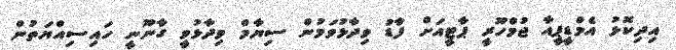
އިދިކޮޅު އެމްޑީޕީއާ ޖުމްހޫރީ ޕާޓީއަށް ފާޑު ވިދާޅުވަމުން ސިޔާމް ވިދާޅުވީ ގާނޫނީ ހައިސިއްޔަތުން